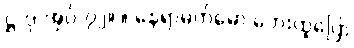
ဋ္ဌ-ဒု-အုပ်-၇၂။ ။ နေရာမက်မော ဘေးထူပြော